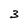
Character: 3